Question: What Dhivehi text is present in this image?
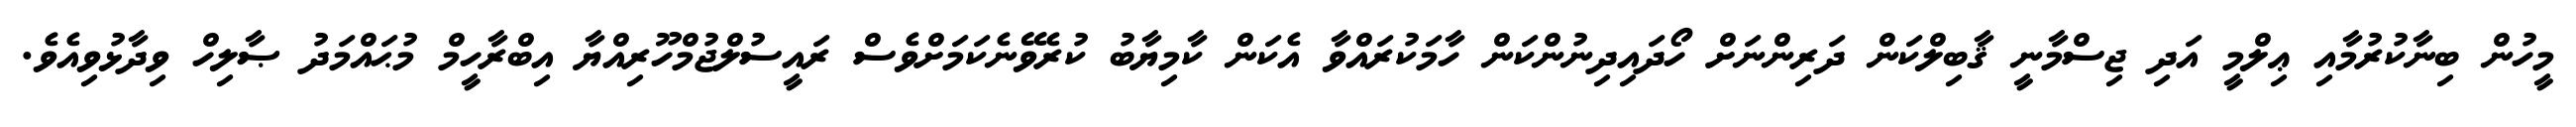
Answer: މީހުން ބިނާކުރުމާއި ޢިލްމީ އަދި ޖިސްމާނީ ޤާބިލްކަން ދަރިންނަށް ހޯދައިދިނުންކަން ހާމަކުރައްވާ އެކަން ކާމިޔާބު ކުރެވޭނެކަމަށްވެސް ރައީސުލްޖުމްހޫރިއްޔާ އިބްރާހީމް މުޙައްމަދު ޞާލިހް ވިދާޅުވިއެވެ.